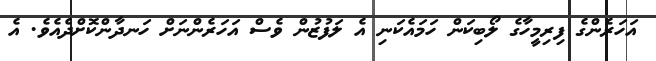
އަހަރެންގެ ފިރިމީހާގެ ލޯބިކަން ހަމައެކަނި އެ ލަފުޒުން ވެސް އަހަރެންނަށް ހަނދާންކޮށްދެއެވެ. އެ